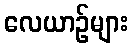
လေယာဉ်များ